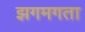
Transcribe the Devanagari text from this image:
झगमगता